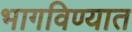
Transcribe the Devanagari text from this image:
भागविण्यात